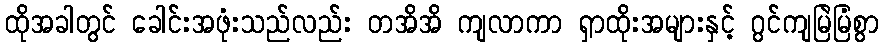
ထိုအခါတွင် ခေါင်းအဖုံးသည်လည်း တအိအိ ကျလာကာ ရှာထိုးအများနှင့် ဂွင်ကျမြဲမြံစွာ